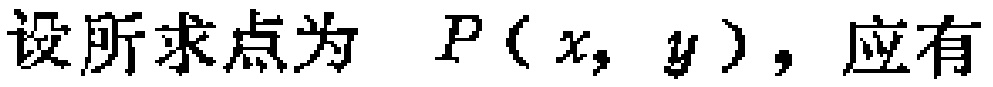
设所求点为 \(P(x,y)\)，应有